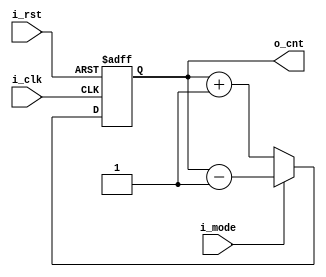
/*
** Binary couner from 0 to 15 - counting module = 16, with reverse counting direction.
*/

module bin_counter(i_clk, i_rst, i_mode, o_cnt);

input i_clk;				// clock signal
input i_rst;				// reset
input i_mode;				// 0 - normal mode, 1 - reverse
output reg [3:0] o_cnt;		// 0...15

always @(posedge i_clk, posedge i_rst) begin
	if(i_rst) begin
		o_cnt <= {4{1'b0}};
	end else begin
		if(~i_mode) begin			// normal
			o_cnt <= o_cnt + 1'b1;
		end else if(i_mode) begin
			o_cnt <= o_cnt - 1'b1;
		end else begin
			o_cnt <= o_cnt;			// save the state
		end
	end
end
endmodule